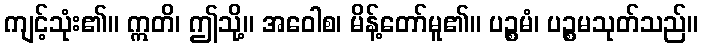
ကျင့်သုံး၏။ ဣတိ၊ ဤသို့။ အဝေါစ၊ မိန့်တော်မူ၏။ ပဉ္စမံ၊ ပဉ္စမသုတ်သည်။